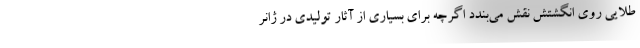
طلایی روی انگشتش نقش می‌بندد اگرچه برای بسیاری از آثار تولیدی در ژانر